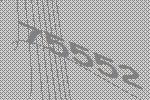
75552